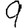
Digit: 9